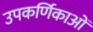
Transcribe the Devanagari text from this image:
उपकर्णिकाओं